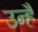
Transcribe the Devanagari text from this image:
उन्हैं